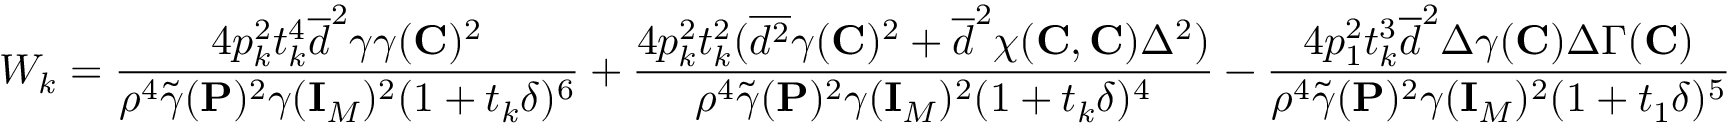
W _ { k } = \frac { 4 p _ { k } ^ { 2 } t _ { k } ^ { 4 } \overline { { d } } ^ { 2 } \gamma \gamma ( { \mathbf { C } } ) ^ { 2 } } { \rho ^ { 4 } \widetilde { \gamma } ( \mathbf { P } ) ^ { 2 } \gamma ( { \mathbf { I } } _ { M } ) ^ { 2 } ( 1 + t _ { k } \delta ) ^ { 6 } } + \frac { 4 p _ { k } ^ { 2 } t _ { k } ^ { 2 } ( \overline { { d ^ { 2 } } } \gamma ( { \mathbf { C } } ) ^ { 2 } + \overline { { d } } ^ { 2 } \chi ( { \mathbf { C } } , { \mathbf { C } } ) \Delta ^ { 2 } ) } { \rho ^ { 4 } \widetilde { \gamma } ( \mathbf { P } ) ^ { 2 } \gamma ( { \mathbf { I } } _ { M } ) ^ { 2 } ( 1 + t _ { k } \delta ) ^ { 4 } } - \frac { 4 p _ { 1 } ^ { 2 } t _ { k } ^ { 3 } \overline { { d } } ^ { 2 } \Delta \gamma ( { \mathbf { C } } ) \Delta \Gamma ( { \mathbf { C } } ) } { \rho ^ { 4 } \widetilde { \gamma } ( \mathbf { P } ) ^ { 2 } \gamma ( { \mathbf { I } } _ { M } ) ^ { 2 } ( 1 + t _ { 1 } \delta ) ^ { 5 } }